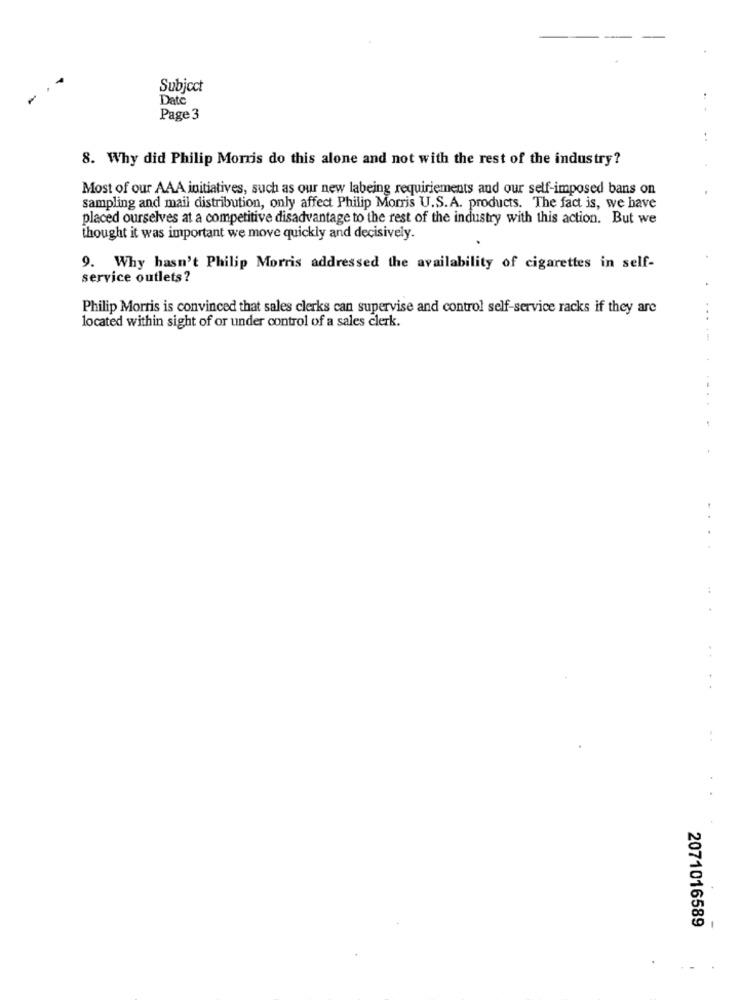
Subject
Date
Page 3
8. Why did Philip Morris do this alone and not with the rest of the industry?
Most of our AAA initiatives, such as our new labeing requirements and our self-imposed bans on
sampling and mail distribution, only affect Philip Morris U.S.A. products. The fact is, we have
placed ourselves at a competitive disadvantage to the rest of the industry with this action. But we
thought it was important we move quickly and decisively.
9. Why hasn't Philip Morris addressed the availability of cigarettes in self-
service outlets ?
Philip Morris is convinced that sales clerks can supervise and control self-service racks if they are
located within sight of or under control of a sales clerk.
...
--
.
. .
2071016589